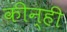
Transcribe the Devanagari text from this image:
कीन्‍ही